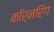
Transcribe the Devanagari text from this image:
कॉर्नरिंग